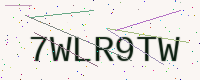
Text: 7WLR9TW